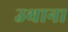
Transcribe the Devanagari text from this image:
उथाना